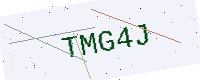
Text: TMG4J